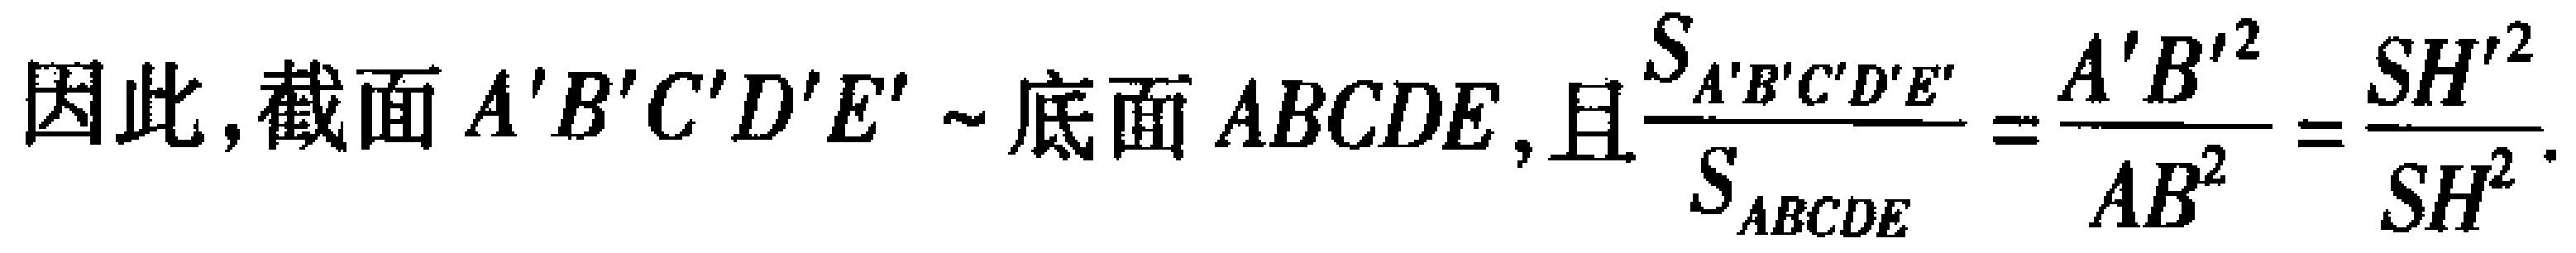
因此, 截面 \(A'B'C'D'E'\sim\) 底面 \(ABCDE\), 且\(\frac{S_{A'B'C'D'E'}}{S_{ABCDE}}=\frac{A'B'^{2}}{AB^{2}}=\frac{SH'^{2}}{SH^{2}}\).